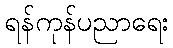
ရန်ကုန်ပညာရေး